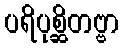
ပရိပုစ္ဆိတဗ္ဗာ